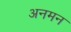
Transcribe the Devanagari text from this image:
अनमन